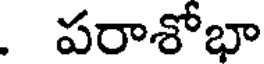
. పరాశోభా